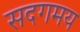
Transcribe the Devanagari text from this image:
सदगमय